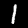
Label: 1